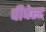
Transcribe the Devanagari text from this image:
चीपेस्ट